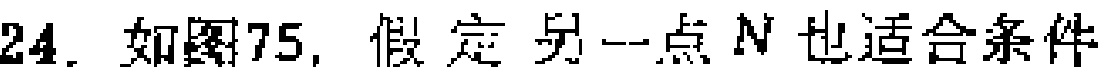
24. 如图75, 假定另一点$N$也适合条件